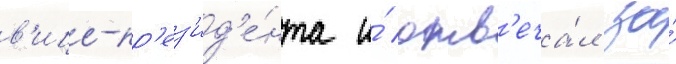
в'ице-пр'ез'ид'е́нта и́ отв'еча́л за́